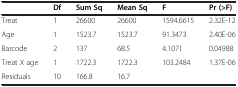
<table><thead><tr><td><b> </b></td><td><b>Df</b></td><td><b>Sum Sq</b></td><td><b>Mean Sq</b></td><td><b>F</b></td><td><b>Pr (&gt;F)</b></td></tr></thead><tbody><tr><td>Treat</td><td>1</td><td>26600</td><td>26600</td><td>1594.6615</td><td>2.32E-12</td></tr><tr><td>Age</td><td>1</td><td>1523.7</td><td>1523.7</td><td>91.3473</td><td>2.40E-06</td></tr><tr><td>Barcode</td><td>2</td><td>137</td><td>68.5</td><td>4.1071</td><td>0.04988</td></tr><tr><td>Treat X age</td><td>1</td><td>1722.3</td><td>1722.3</td><td>103.2484</td><td>1.37E-06</td></tr><tr><td>Residuals</td><td>10</td><td>166.8</td><td>16.7</td><td> </td><td> </td></tr></tbody></table>